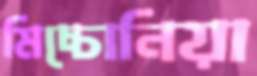
মিচ্চোনিয়া